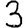
Digit: 3